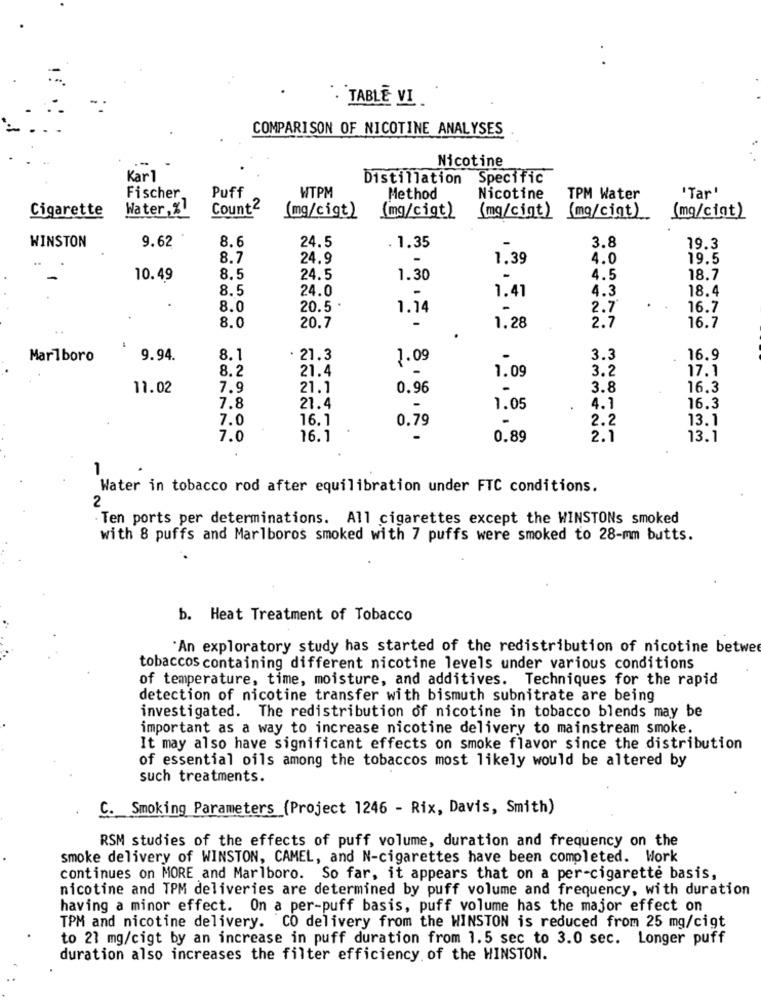
. TABLE VI
COMPARISON OF NICOTINE ANALYSES
Nicotine
Karl
Distillation
Specific
Puff
WTPM
" Tar"
Fischer
Method
Nicotine
TPM Water
Cigarette
Water, %!
Count2
(mg/cigt)
(mg/cigt)
(mg/cigt)
(mg/cigt)
(mg/cigt)
8.6
24.5
WINSTON
9.62
. 1.35
3.8
19.3
8.7
24.9
1.39
4.0
19.5
10.49
8.5
24.5
1.30
4.5
18.7
8.5
24.0
4.3
18.4
1.41
8.0
20.5 *
1.14
2.7
16.7
8.0
20.7
2.7
1.28
16.7
Marlboro
9.94
8.1
· 21.3
1.09
3.3
16.9
8.2
21.4
3.2
17.1
1.09
11.02
7.9
21.1
0.96
3.8
16.3
7.8
21.4
1.05
4.1
16.3
7.0
16.1
0.79
-
2.2
13.1
7.0
16.1
0.89
2.1
13.1
1
Water in tobacco rod after equilibration under FTC conditions.
2
Ten ports per determinations. All cigarettes except the WINSTONs smoked
with 8 puffs and Marlboros smoked with 7 puffs were smoked to 28-mm butts.
b. Heat Treatment of Tobacco
"An exploratory study has started of the redistribution of nicotine betwee
tobaccos containing different nicotine levels under various conditions
of temperature, time, moisture, and additives. Techniques for the rapid
detection of nicotine transfer with bismuth subnitrate are being
investigated. The redistribution of nicotine in tobacco blends may be
important as a way to increase nicotine delivery to mainstream smoke.
It may also have significant effects on smoke flavor since the distribution
of essential oils among the tobaccos most likely would be altered by
such treatments.
C. Smoking Parameters (Project 1246 - Rix, Davis, Smith)
RSM studies of the effects of puff volume, duration and frequency on the
smoke delivery of WINSTON, CAMEL, and N-cigarettes have been completed. Work
continues on MORE and Marlboro. So far, it appears that on a per-cigarette basis,
nicotine and TPM deliveries are determined by puff volume and frequency, with duration
having a minor effect. On a per-puff basis, puff volume has the major effect on
TPM and nicotine delivery. CO delivery from the WINSTON is reduced from 25 mg/cigt
to 21 mg/cigt by an increase in puff duration from 1.5 sec to 3.0 sec. Longer puff
duration also increases the filter efficiency of the HINSTON.